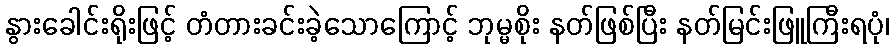
နွားခေါင်းရိုးဖြင့် တံတားခင်းခဲ့သောကြောင့် ဘုမ္မစိုး နတ်ဖြစ်ပြီး နတ်မြင်းဖြူကြီးရပုံ၊